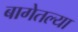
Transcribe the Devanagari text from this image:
बागेतल्या